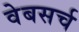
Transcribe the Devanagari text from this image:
वेबसर्च